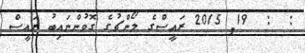
:  :  19